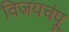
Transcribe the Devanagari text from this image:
विजयचंपू